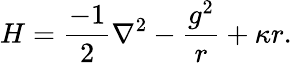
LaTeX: H={\frac{-1}{2}}\nabla^{2}-{\frac{g^{2}}{r}}+\kappa r.